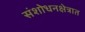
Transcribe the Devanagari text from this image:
संशोधनक्षेत्रात